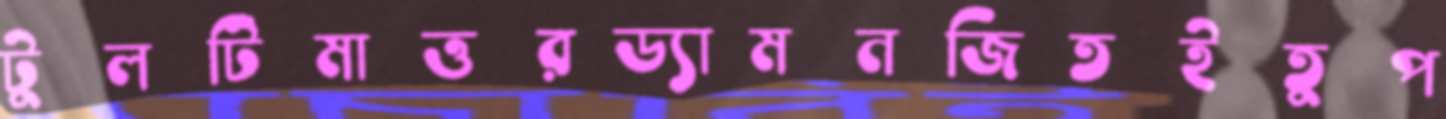
টুলটিমাত্তরড্যামনজিতইতুপ